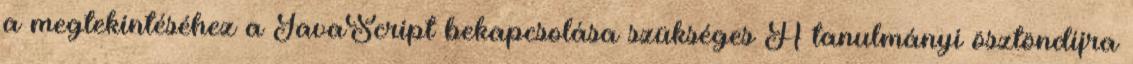
a megtekintéséhez a JavaScript bekapcsolása szükséges A tanulmányi ösztöndíjra